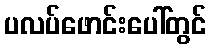
ပလပ်ဖောင်းပေါ်တွင်